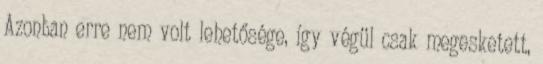
Azonban erre nem volt lehetősége, így végül csak megesketett,